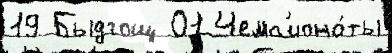
19 Быдгощ 01 Чемп'иона́ты